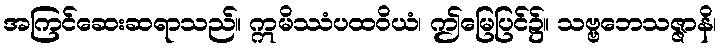
အကြင်ဆေးဆရာသည်။ ဣမိဿံပထဝိယံ၊ ဤမြေပြင်၌။ သဗ္ဗဘေသဇ္ဇာနိ၊